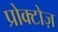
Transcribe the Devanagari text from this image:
प्रोक्टोज़